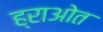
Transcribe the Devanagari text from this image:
ह्राओत